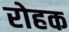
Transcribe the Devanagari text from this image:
रोहक